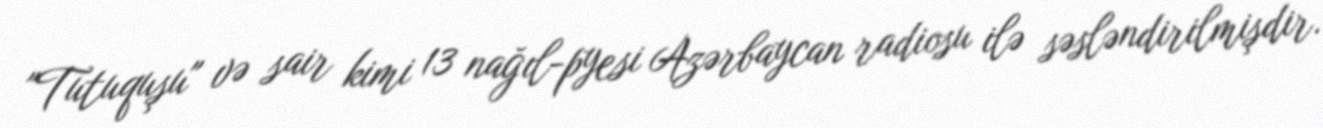
"Tutuquşu" və sair kimi 13 nağıl-pyesi Azərbaycan radiosu ilə səsləndirilmişdir.